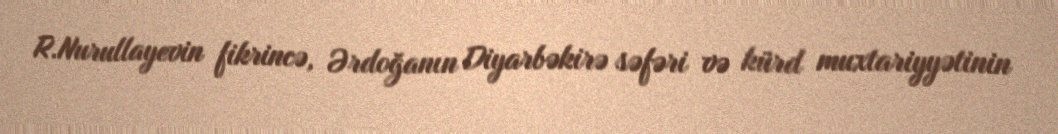
R.Nurullayevin fikrincə, Ərdoğanın Diyarbəkirə səfəri və kürd muxtariyyətinin